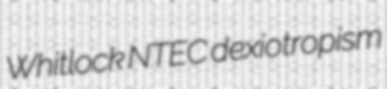
Whitlock NTEC dexiotropism